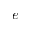
e